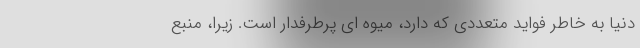
دنیا به خاطر فواید متعددی که دارد، میوه ای پرطرفدار است. زیرا، منبع